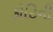
કોટિની